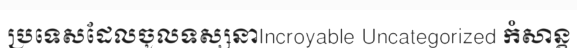
ប្រទេសដែលចូលទស្សនាIncroyable Uncategorized កំសាន្ត